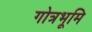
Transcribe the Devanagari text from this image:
गोत्रभूमि